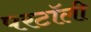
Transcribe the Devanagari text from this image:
परटॉली